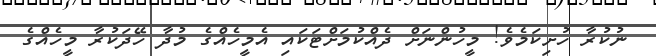
ނުކުރާ ހުށިކަމެވެ! މީހުންނަށް ދެއްކުމަށްޓަކައި އެމީހެއްގެ މުދާ ހޭދަކުރާ މީހެއްގެ